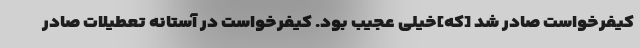
کیفرخواست صادر شد [که]خیلی عجیب بود. کیفرخواست در آستانه تعطیلات صادر